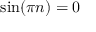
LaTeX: \sin ( { \pi n } ) = 0